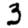
Digit: 3